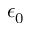
\epsilon _ { 0 }